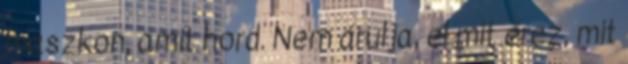
maszkon, amit hord. Nem árulja, el mit érez, mit